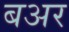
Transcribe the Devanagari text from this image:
बअर